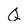
Character: Q